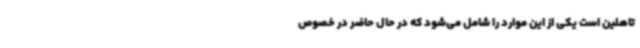
تاهلین است یکی از این موارد را شامل می‌شود که در حال حاضر در خصوص